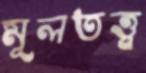
মূলতত্ত্ব